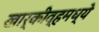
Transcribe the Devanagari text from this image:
खार्कीव्हमध्ये